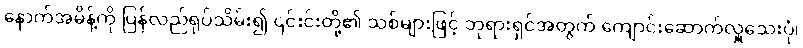
နောက်အမိန့်ကို ပြန်လည်ရုပ်သိမ်း၍ ၎င်းင်းတို့၏ သစ်များဖြင့် ဘုရားရှင်အတွက် ကျောင်းဆောက်လှူသေးပုံ၊